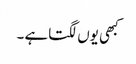
کبھی یوں لگتاہے ۔